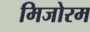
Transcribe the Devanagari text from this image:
मिजोरम